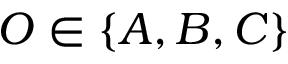
O \in \{ A , B , C \}